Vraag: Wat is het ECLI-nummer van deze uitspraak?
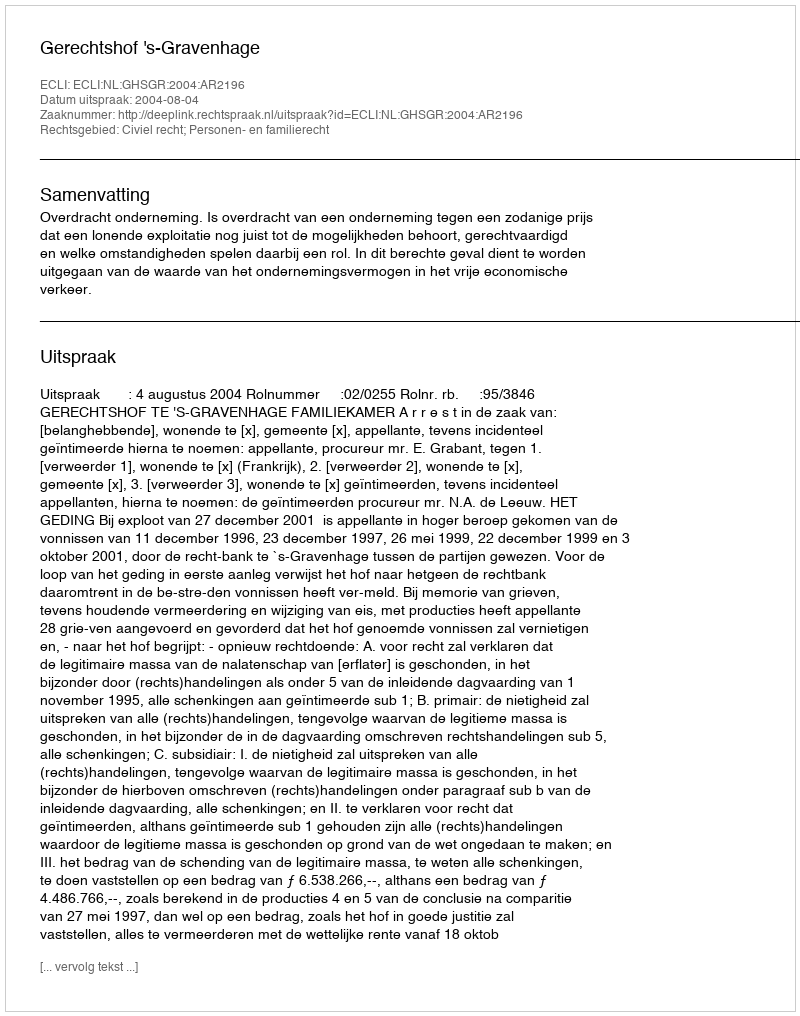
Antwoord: ECLI:NL:GHSGR:2004:AR2196